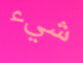
شيء